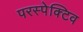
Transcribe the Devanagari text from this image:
परस्पेक्टिव